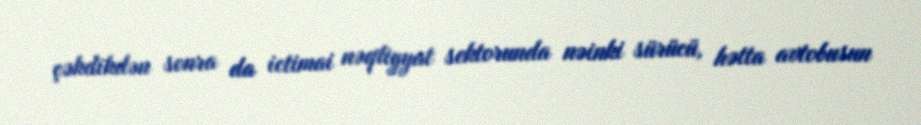
çəkdikdən sonra da ictimai nəqliyyat sektorunda nəinki sürücü, hətta avtobusun